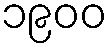
၁၉၀၀